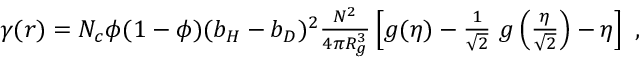
\begin{array} { r } { \gamma ( r ) = N _ { c } \phi ( 1 - \phi ) ( b _ { H } - b _ { D } ) ^ { 2 } \frac { N ^ { 2 } } { 4 \pi R _ { g } ^ { 3 } } \left[ g ( \eta ) - \frac { 1 } { \sqrt { 2 } } ~ g \left( \frac { \eta } { \sqrt { 2 } } \right) - \eta \right] ~ , } \end{array}